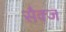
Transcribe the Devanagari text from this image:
सैक्ज